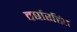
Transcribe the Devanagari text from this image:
वर्षारहित